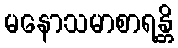
မနောသမာစာရန္တိ